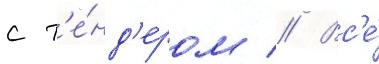
с т'е́нд'ером // Вс'е́